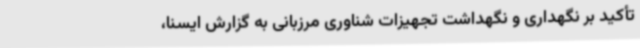
تأکید بر نگهداری و نگهداشت تجهیزات شناوری مرزبانی به گزارش ایسنا،